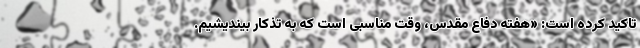
تاکید کرده است: «هفته دفاع مقدس، وقت مناسبی است که به تذکار بیندیشیم.